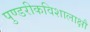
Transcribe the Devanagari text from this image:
पुण्डरीकविशालाक्षौ